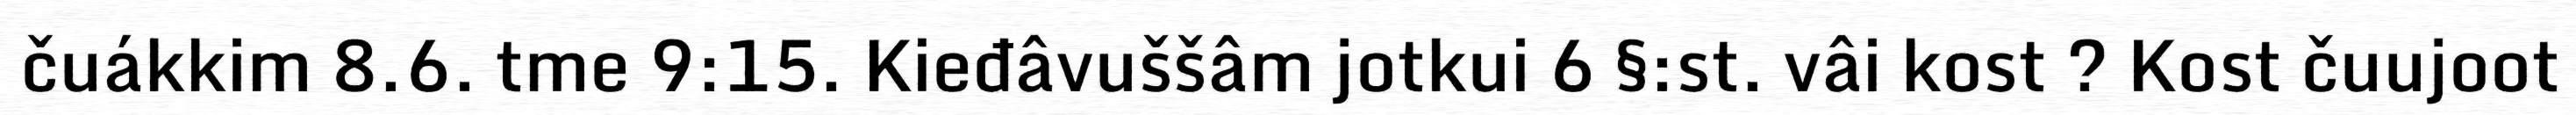
čuákkim 8.6. tme 9:15. Kieđâvuššâm jotkui 6 §:st. vâi kost ? Kost čuujoot